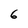
Character: 6